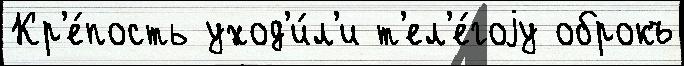
Кр'е́пость уход'и́л'и т'ел'е́гоjу оброкъ